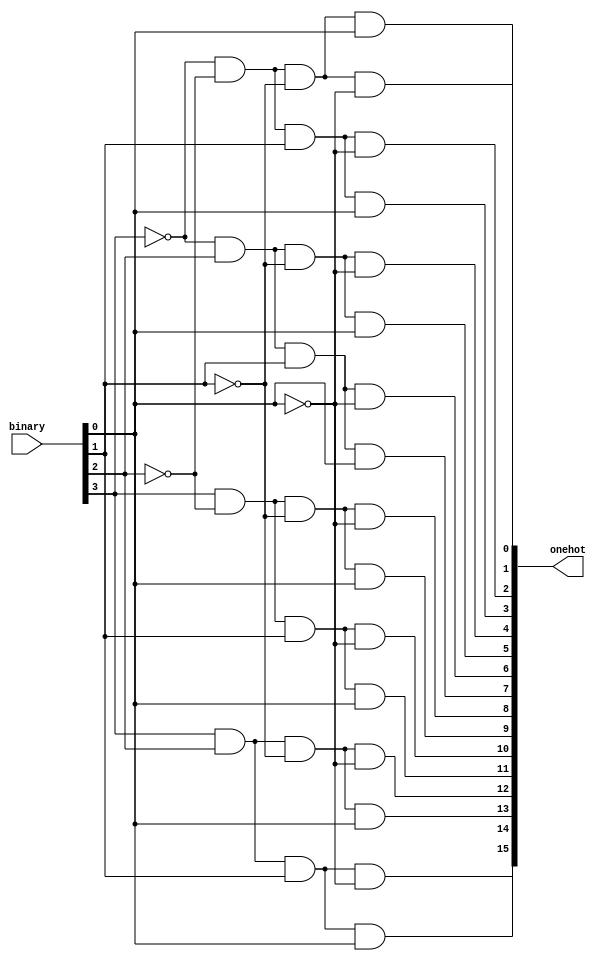
//-------------------------------------------------
// Cohort: OnOff
// Tony Tran, Hasan Kadado, Anthony Tran, Angel Gomez
//-------------------------------------------------

module Dec4x16(binary,onehot);

	input [3:0] binary;
	output [15:0]onehot;
	
	assign onehot[ 0]=~binary[3]&~binary[2]&~binary[1]&~binary[0];
	assign onehot[ 1]=~binary[3]&~binary[2]&~binary[1]& binary[0];
	assign onehot[ 2]=~binary[3]&~binary[2]& binary[1]&~binary[0];
	assign onehot[ 3]=~binary[3]&~binary[2]& binary[1]& binary[0];
	assign onehot[ 4]=~binary[3]& binary[2]&~binary[1]&~binary[0];
	assign onehot[ 5]=~binary[3]& binary[2]&~binary[1]& binary[0];
	assign onehot[ 6]=~binary[3]& binary[2]& binary[1]&~binary[0];
	assign onehot[ 7]=~binary[3]& binary[2]& binary[1]& binary[0];
	assign onehot[ 8]= binary[3]&~binary[2]&~binary[1]&~binary[0];
	assign onehot[ 9]= binary[3]&~binary[2]&~binary[1]& binary[0];
	assign onehot[10]= binary[3]&~binary[2]& binary[1]&~binary[0];
	assign onehot[11]= binary[3]&~binary[2]& binary[1]& binary[0];
	assign onehot[12]= binary[3]& binary[2]&~binary[1]&~binary[0];
	assign onehot[13]= binary[3]& binary[2]&~binary[1]& binary[0];
	assign onehot[14]= binary[3]& binary[2]& binary[1]&~binary[0];
	assign onehot[15]= binary[3]& binary[2]& binary[1]& binary[0];
	
endmodule